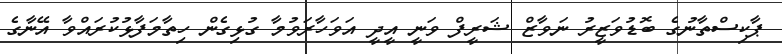
ޕާކިސްތާނުގެ ބޮޑުވަޒީރު ނަވާޒް ޝަރީފް ވަނީ އީދީ އަވަހާރަވުމާ ގުޅިގެން ހިތާމަފާޅުކުރައްވާ އޭނާގެ